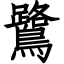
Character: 鷺